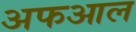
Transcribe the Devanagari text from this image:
अफआल